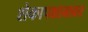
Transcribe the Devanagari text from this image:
शेकापक्षाबाबत